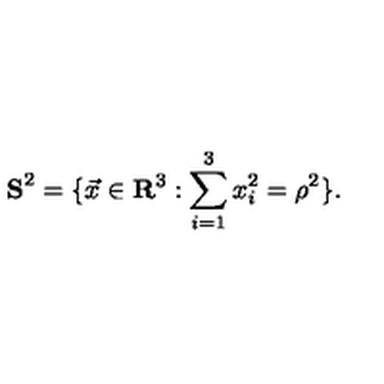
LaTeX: { \bf S } ^ { 2 } = \{ \vec { x } \in { \bf R } ^ { 3 } : \sum _ { i = 1 } ^ { 3 } x _ { i } ^ { 2 } = { \rho } ^ { 2 } \} .